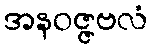
အနဝဇ္ဇဗလံ